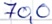
Text: 70,0